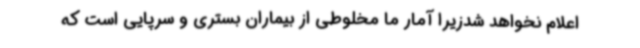
اعلام نخواهد شدزیرا آمار ما مخلوطی از بیماران بستری و سرپایی است که